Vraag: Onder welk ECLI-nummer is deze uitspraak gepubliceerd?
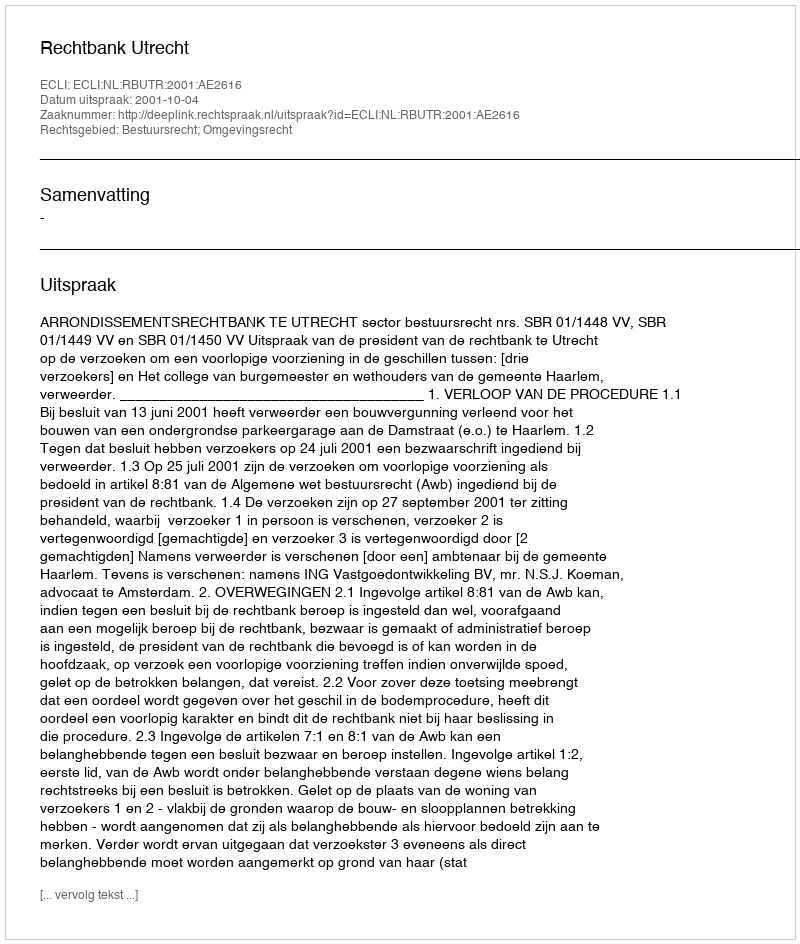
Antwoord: ECLI:NL:RBUTR:2001:AE2616